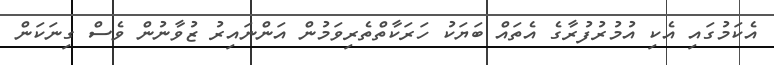
އެކަމުގައި އެކި އުމުރުފުރާގެ އެތައް ބަޔަކު ހަރަކާތްތެރިވަމުން އަންނައިރު ޒުވާނުން ވެސް ގިނަކަން